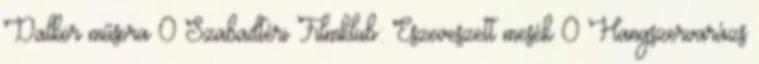
Dalkör műsora 0 Szabadtéri Filmklub: Eszeveszett mesék 0 Hangszervarázs